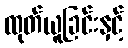
ထုတ်ယူခြင်းနှင့်